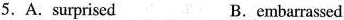
5. A.Surpised B, embarassed